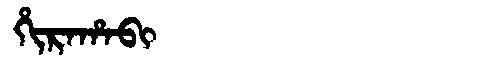
Manchu: ᡥᡳᡵᠠᡥᠠᠪᡳ
Romanization: HIRAHABI